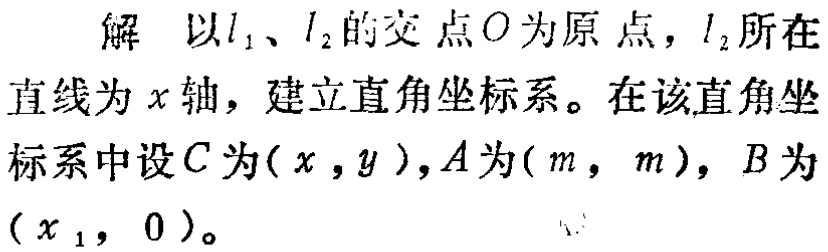
解 以\(l_{1}\)、\(l_{2}\)的交点\(O\)为原点，\(l_{2}\)所在直线为\(x\)轴，建立直角坐标系。在该直角坐标系中设\(C\)为\((x,y)\)，\(A\)为\((m, m)\)，\(B\)为\((x_{1}, 0)\)。